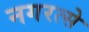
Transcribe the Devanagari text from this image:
नगरत्से